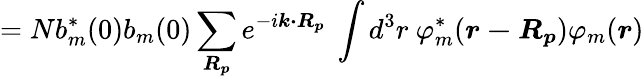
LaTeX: =Nb_{m}^{*}(0)b_{m}(0)\sum_{\boldsymbol{R_{p}}}e^{-i{\boldsymbol{k\cdot R_{p}}}}\ \int d^{3}r\ \varphi_{m}^{*}({\boldsymbol{r-R_{p}}})\varphi_{m}({\boldsymbol{r}})